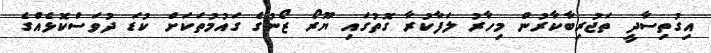
އިގުތިސާދީ ތަޖުރިބާކާރުން މިހާރު ލަފާކުރާ ގޮތުގައި ޔޫރޯ ޒޯނުގެ ގައުމުތަކަށް ކުޑަ ދުވަސްކޮޅެއްގެ